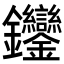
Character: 𨰼